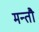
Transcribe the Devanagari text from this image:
मन्तौ